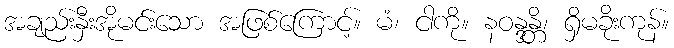
အချည်းနှီးအိုမင်းသော အဖြစ်ကြောင့်။ မံ၊ ငါကို။ နဝန္ဒန္တိ၊ ရှိမခိုးကုန်။